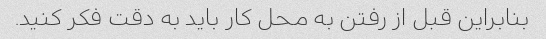
بنابراین قبل از رفتن به محل کار باید به دقت فکر کنید.